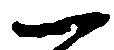
一